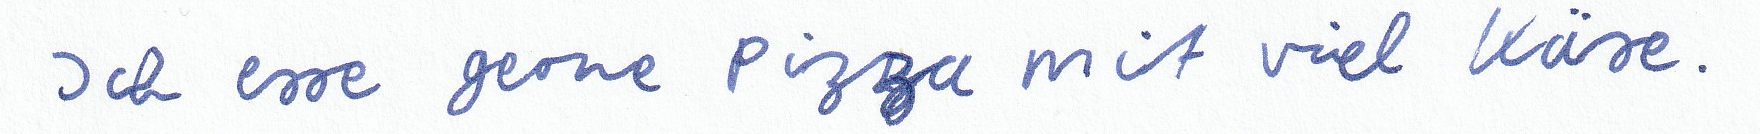
Ich esse gerne Pizza mit viel Käse.